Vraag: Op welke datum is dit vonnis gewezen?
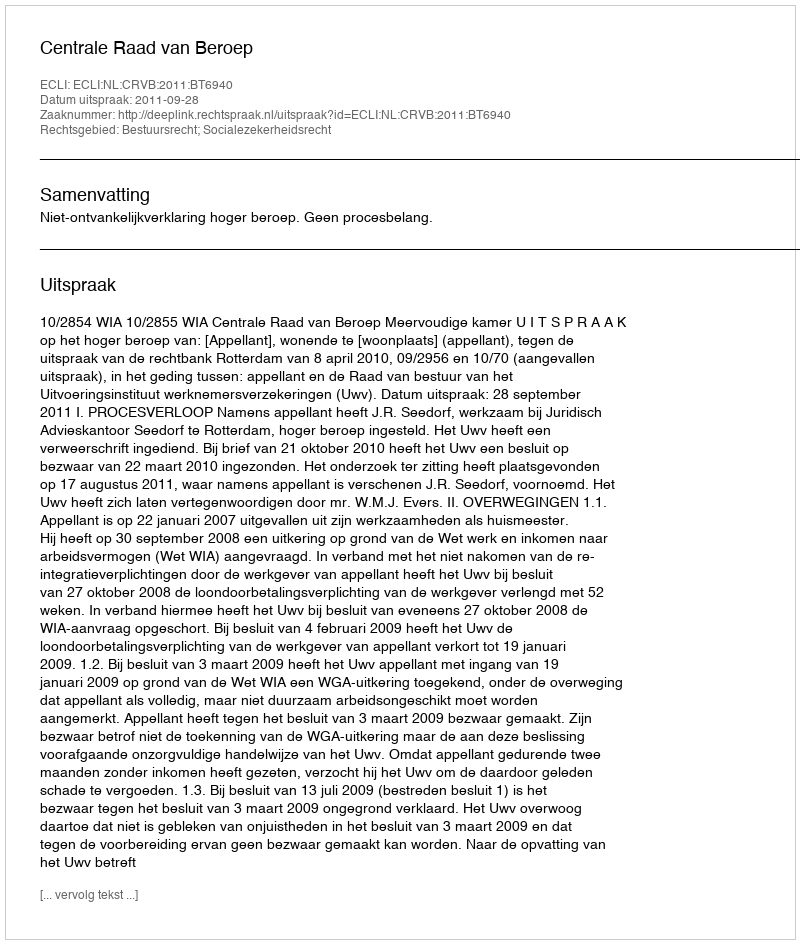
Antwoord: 2011-09-28